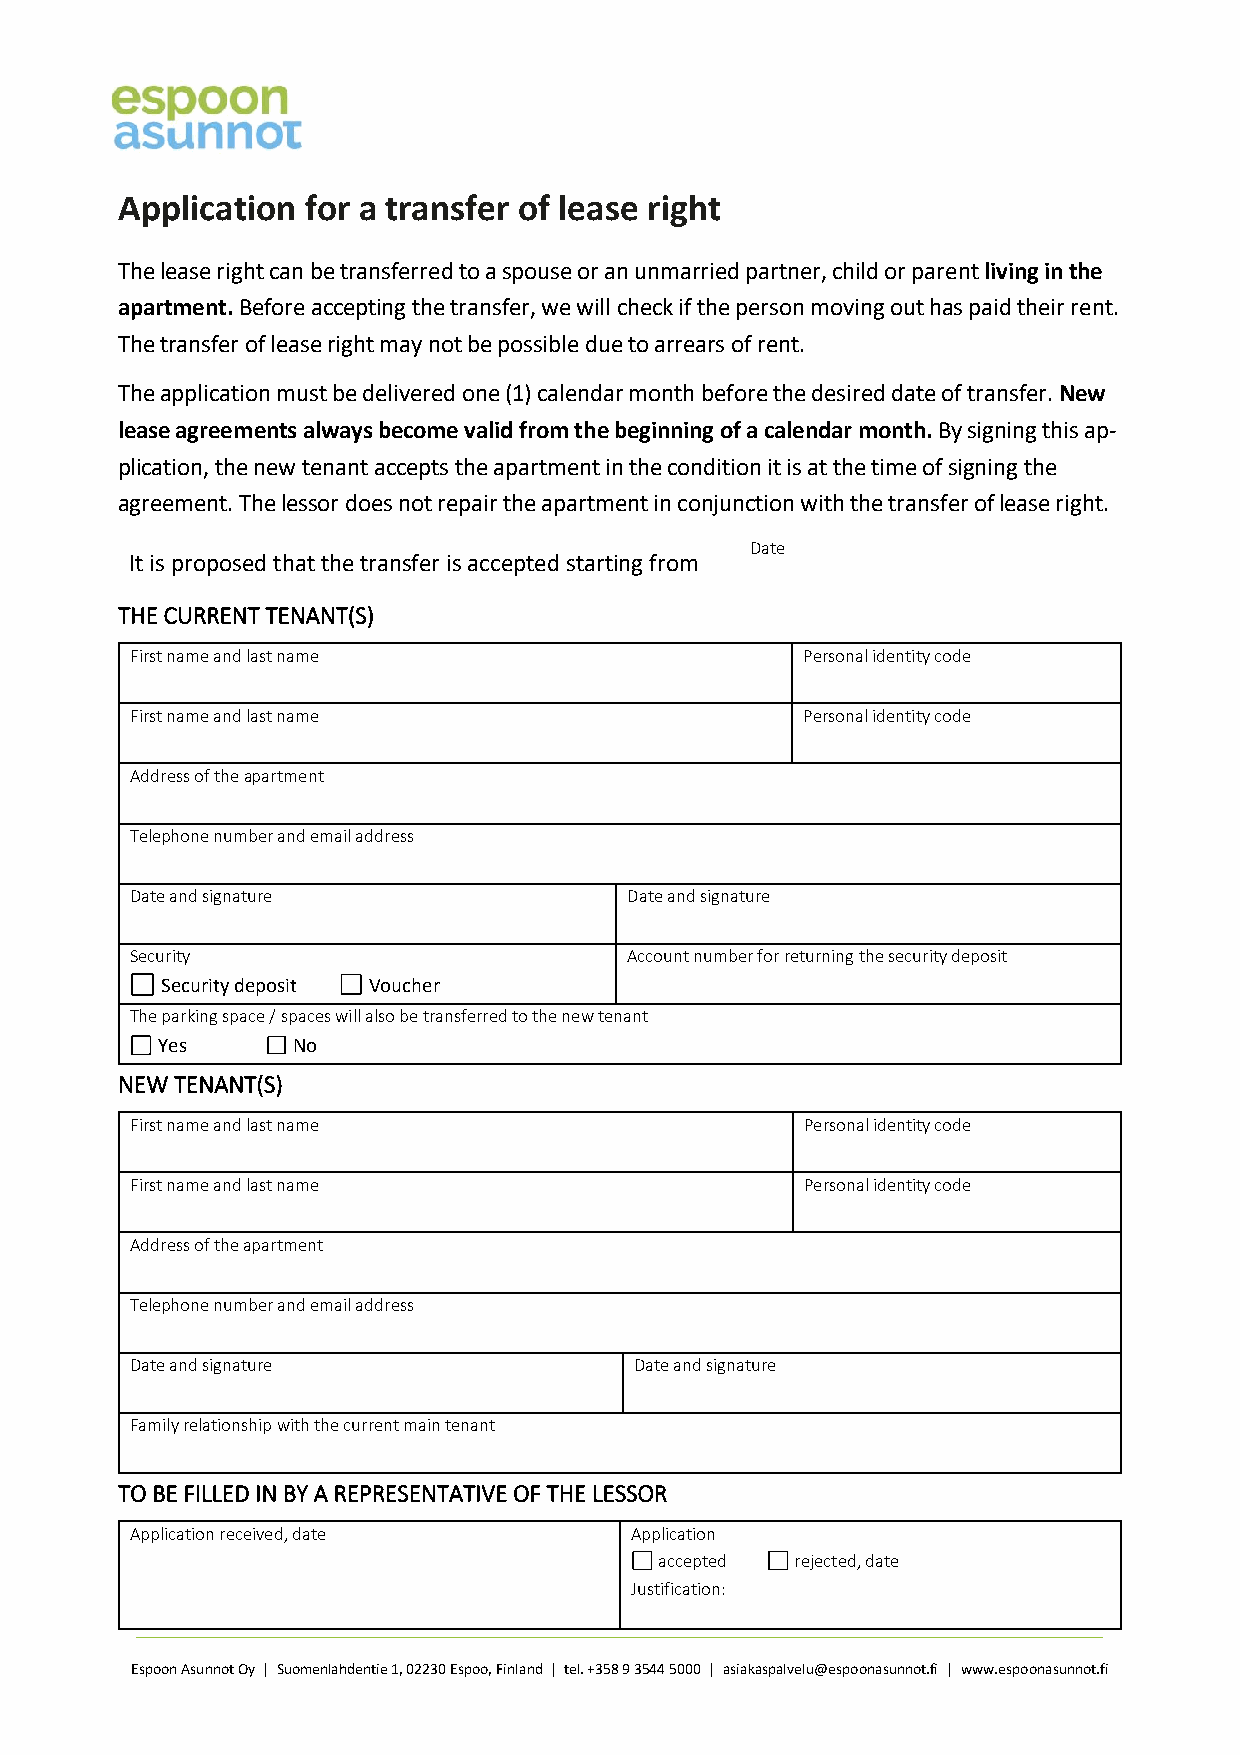
Application for a transfer of lease right
 The lease right can be transferred to a spouse or an unmarried partner, child or parent living in the
 apartment. Before accepting the transfer, we will check if the person moving out has paid their rent.
 The transfer of lease right may not be possible due to arrears of rent.
 The application must be delivered one (1) calendar month before the desired date of transfer. New
 lease agreements always become valid from the beginning of a calendar month. By signing this ap-
 plication, the new tenant accepts the apartment in the condition it is at the time of signing the
 agreement. The lessor does not repair the apartment in conjunction with the transfer of lease right.
 Date
 It is proposed that the transfer is accepted starting from
 THE CURRENT TENANT(S)
 First name and last name                    Personal identity code
 First name and last name                    Personal identity code
 Address of the apartment
 Telephone number and email address
 Date and signature               Date and signature
 Security                         Account number for returning the security deposit
 Security deposit Voucher
 The parking space / spaces will also be transferred to the new tenant
 Yes      No
 NEW TENANT(S)
 First name and last name                    Personal identity code
 First name and last name                    Personal identity code
 Address of the apartment
 Telephone number and email address
 Date and signature               Date and signature
 Family relationship with the current main tenant
 TO BE FILLED IN BY A REPRESENTATIVE OF THE LESSOR
 Application received, date       Application
 accepted rejected, date
 Justification:
 Espoon Asunnot Oy | Suomenlahdentie 1, 02230 Espoo, Finland | tel. +358 9 3544 5000 | asiakaspalvelu@espoonasunnot.fi | www.espoonasunnot.fi